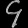
Digit: ၄